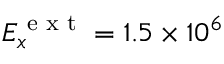
E _ { x } ^ { \textrm { e x t } } = 1 . 5 \times 1 0 ^ { 6 }